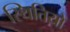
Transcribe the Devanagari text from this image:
स्थितिय़ो